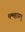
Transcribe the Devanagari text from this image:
मन्महाप्रभु